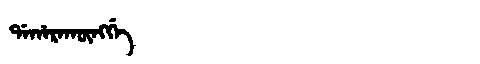
Manchu: ᡩᠠᡥᠠᡵᠠᡴᡡᠩᡤᡝ
Romanization: DAHARAKŪNGGE